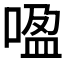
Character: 𰈏